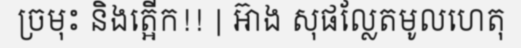
ច្រមុះ និងត្អើក!! | អ៊ាង សុផល្លែតមូលហេតុ